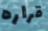
قراره